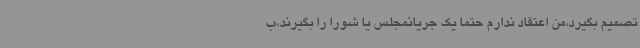
تصمیم بگیرد،من اعتقاد ندارم حتما یک جریانمجلس یا شورا را بگیرند،ب